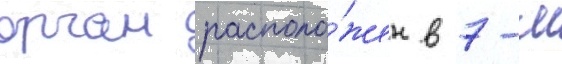
орган располо́жен в 7-м